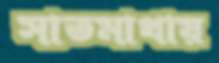
সাতমাথায়